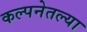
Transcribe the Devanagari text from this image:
कल्पनेतल्या